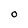
Character: O